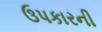
ઉપકારની